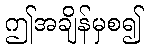
ဤအချိန်မှစ၍